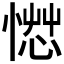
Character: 𰒂